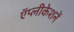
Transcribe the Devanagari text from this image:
ऍप्लीकेशनें